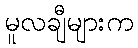
မူလချီများက